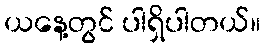
ယနေ့တွင် ပါရှိပါတယ်။